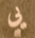
يي